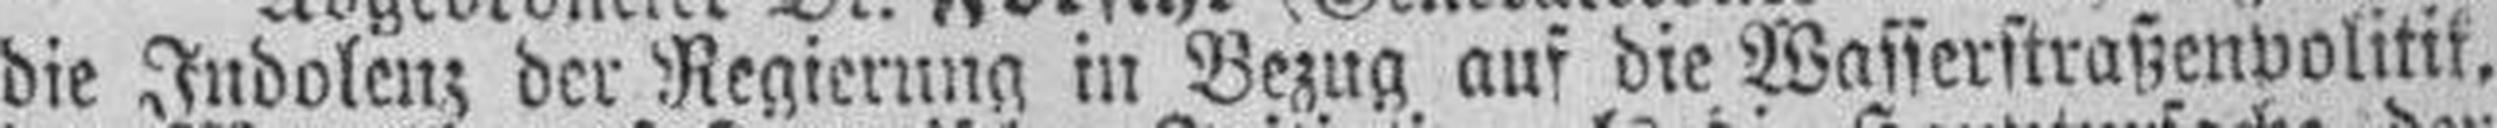
die Indolenz der Regierung in Bezug auf die Wasserstraßenpolitik,